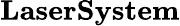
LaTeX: \textbf{LaserSystem}